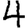
Digit: 4